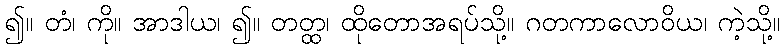
၍။ တံ၊ ကို။ အာဒါယ၊ ၍။ တတ္ထ၊ ထိုတောအရပ်သို့။ ဂတကာလောဝိယ၊ ကဲ့သို့။